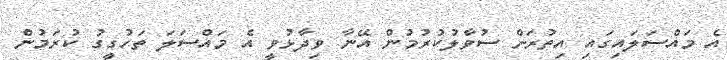
އެ މައްސަލައިގައި އިތުރަށް ސުވާލުކުރުމުން އޭނާ ވިދާޅުވީ އެ މައްސަލަ ތަހުގީގު ކުރަމުން